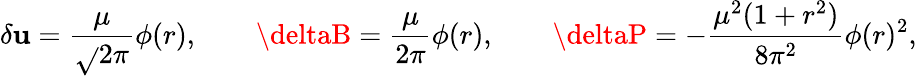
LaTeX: \delta\mathbf{u}=\frac{{\mu}}{{\sqrt{}{{2}}\pi}}\phi(r),\quad\quad\deltaB=\frac{{\mu}}{{2\pi}}\phi(r),\quad\quad\deltaP=-\frac{{\mu^{2}(1+r^{2})}}{{8\pi^{2}}}\phi(r)^{2},